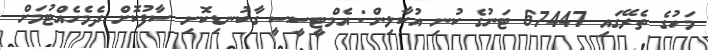
މަހުގެ ތެރޭގައި 67447 ޓަނުގެ ކުނި އުކާލިން: އެމްޓީސީސީ ގާކުނޑިކޮށި ސާފުކޮށް ދެމެހެއްޓުމަށް